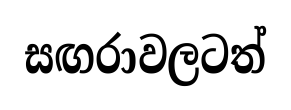
සඟරාවලටත්